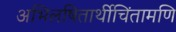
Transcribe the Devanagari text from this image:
अभिलषितार्थीचिंतामणि